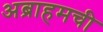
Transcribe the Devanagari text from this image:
अब्राहमची